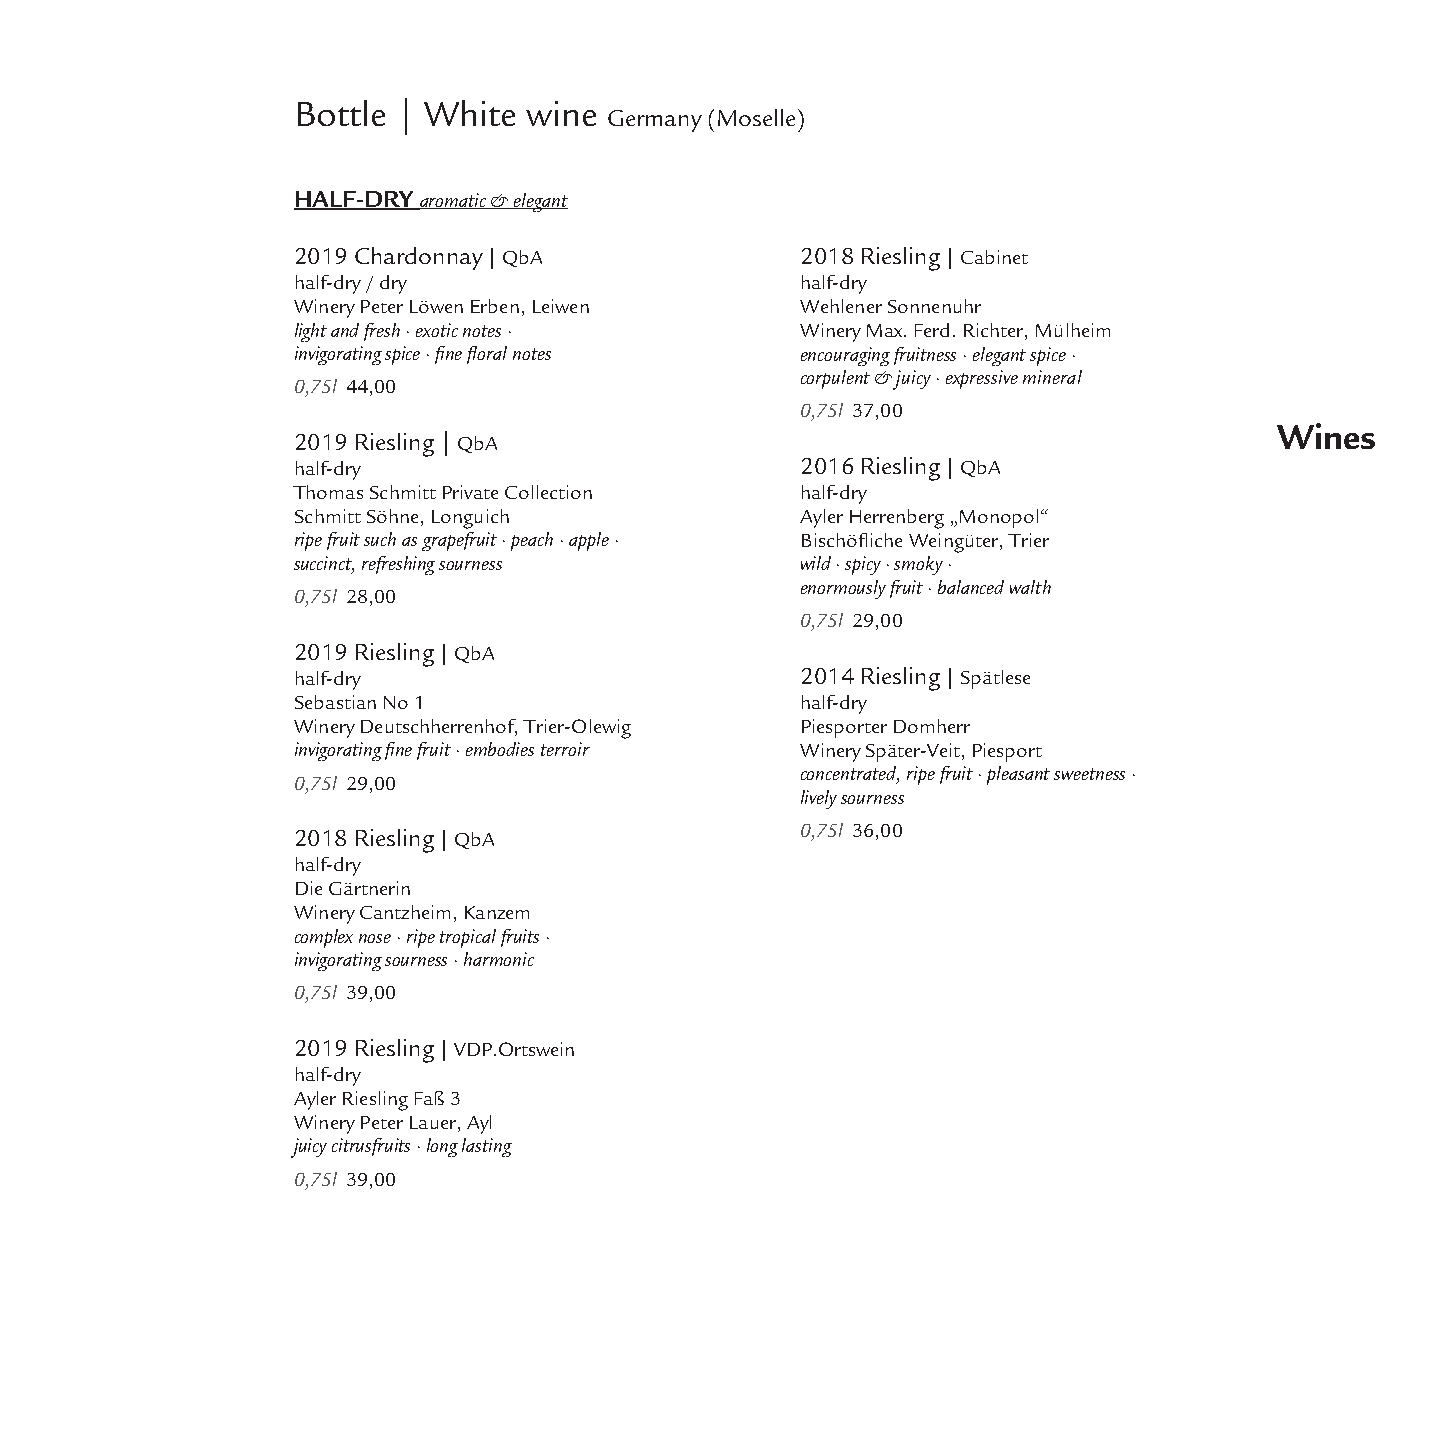
Bottle | White  wine
 Germany (Moselle)
 HALF-DRY aromatic & elegant       RIESLING TROCKEN
 2019 Chardonnay| QbA              2018 Riesling| Cabinet
 half-dry / dry                    half-dry
 Winery Peter Löwen Erben, Leiwen  Wehlener Sonnenuhr
 light and fresh · exotic notes ·  Winery Max. Ferd. Richter, Mülheim
 invigorating spice ·finefloral notes encouraging fruitness · elegant spice ·
 corpulent & juicy · expressive mineral
 0,75l 44,00
 0,75l 37,00
 Wines
 2019 Riesling |QbA
 half-dry                          2016 Riesling| QbA
 Thomas Schmitt Private Collection half-dry
 Schmitt Söhne, Longuich           Ayler Herrenberg„Monopol“
 ripe fruit such as grapefruit · peach · apple · Bischöfliche Weingüter, Trier
 succinct, refreshing sourness     wild · spicy · smoky ·
 enormously fruit · balanced walth
 0,75l 28,00
 0,75l 29,00
 2019 Riesling| QbA
 half-dry                          2014 Riesling| Spätlese
 Sebastian No 1                    half-dry
 Winery Deutschherrenhof, Trier-Olewig Piesporter Domherr
 invigoratingfine fruit · embodies terroir Winery Später-Veit, Piesport
 concentrated, ripe fruit · pleasant sweetness ·
 0,75l 29,00
 lively sourness
 2018 Riesling| QbA                0,75l 36,00
 half-dry
 Die Gärtnerin
 Winery Cantzheim, Kanzem
 complex nose · ripe tropical fruits ·
 invigorating sourness · harmonic
 0,75l 39,00
 2019 Riesling| VDP.Ortswein
 half-dry
 Ayler Riesling Faß 3
 Winery Peter Lauer, Ayl
 juicy citrusfruits · long lasting
 0,75l 39,00